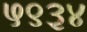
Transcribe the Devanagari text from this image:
५९३४